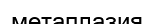
метаплазия